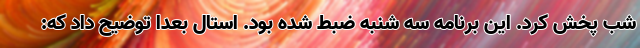
شب پخش کرد. این برنامه سه شنبه ضبط شده بود. استال بعدا توضیح داد که: